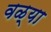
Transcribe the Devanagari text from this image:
वळ्या